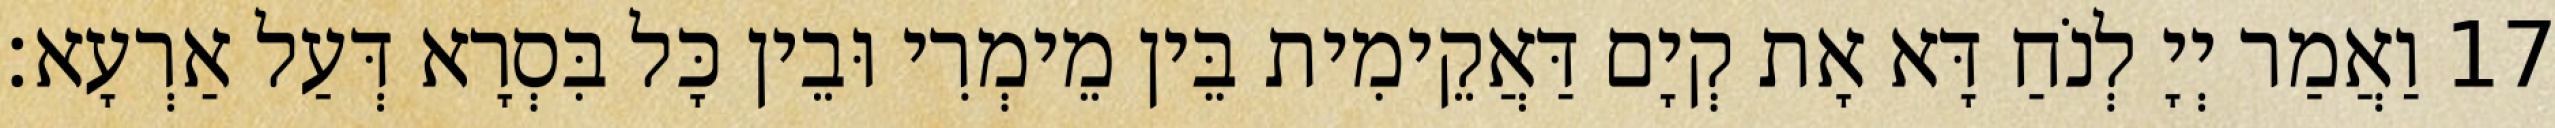
17 וַאֲמַר יְיָ לְנֹחַ דָּא אָת קְיָם דַּאֲקֵימִית בֵּין מֵימְרִי וּבֵין כָּל בִּסְרָא דְּעַל אַרְעָא׃